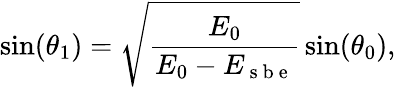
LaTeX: \sin(\theta_{1})=\sqrt{\frac{E_{0}}{E_{0}-E_{\mathrm{~s~b~e~}}}}\sin(\theta_{0}),